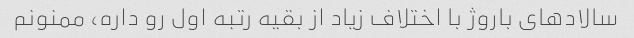
سالادهای باروژ با اختلاف زیاد از بقیه رتبه اول رو داره، ممنونم